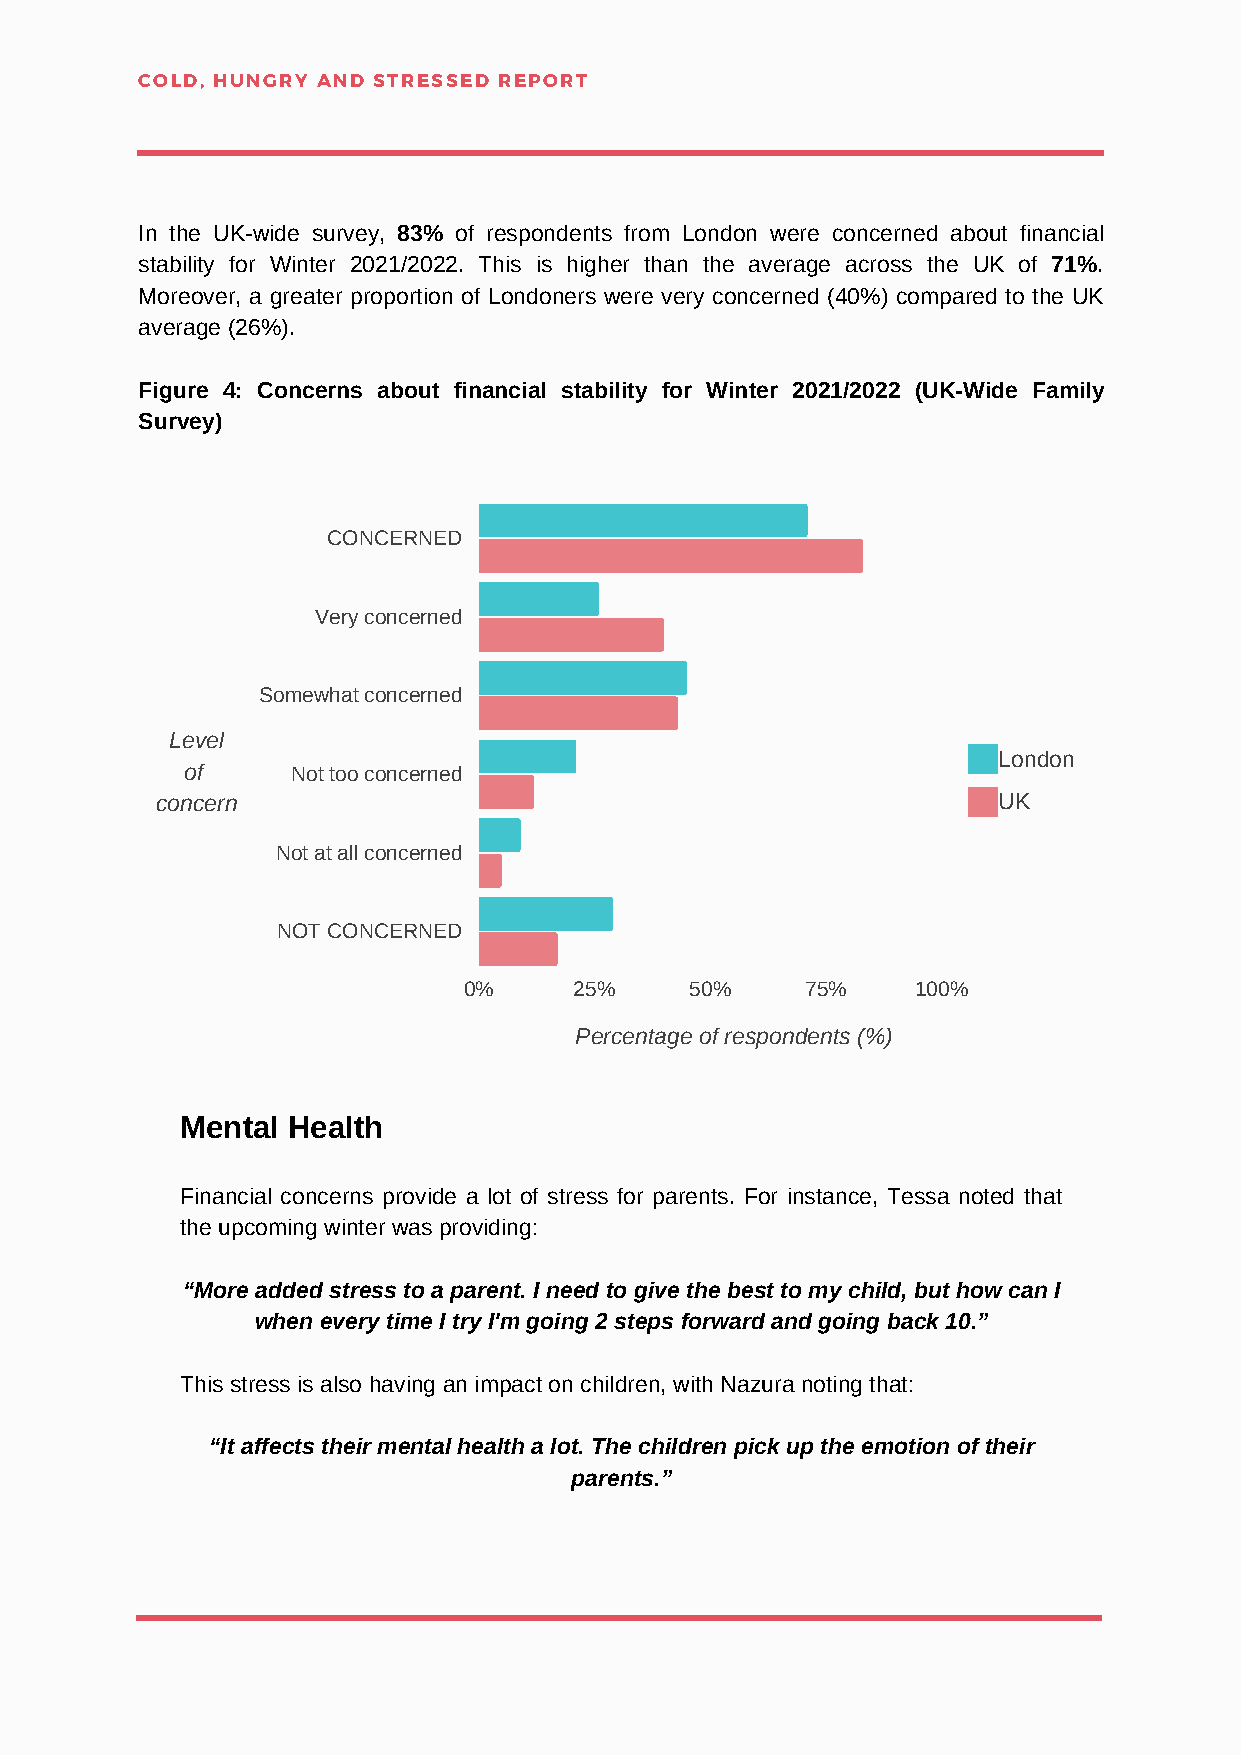
COLD, HUNGRY AND STRESSED REPORT
 In the UK-wide survey, 83% of respondents from London were concerned about financial
 stability for Winter 2021/2022. This is higher than the average across the UK of 71%.
 Moreover, a greater proportion of Londoners were very concerned (40%) compared to the UK
 average (26%).
 Figure 4: Concerns about financial stability for Winter 2021/2022 (UK-Wide Family
 Survey)
 CONCERNED
 Very concerned
 Somewhat concerned
 Level
 London
 of     Not too concerned
 concern                                                 UK
 Not at all concerned
 NOT CONCERNED
 0%     25%     50%    75%     100%
 Percentage of respondents (%)
 Mental Health
 Financial concerns provide a lot of stress for parents. For instance, Tessa noted that
 the upcoming winter was providing:
 “More added stress to a parent. I need to give the best to my child, but how can I
 when every time I try I'm going 2 steps forward and going back 10.”
 This stress is also having an impact on children, with Nazura noting that:
 “It affects their mental health a lot. The children pick up the emotion of their
 parents.”